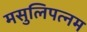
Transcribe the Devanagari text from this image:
मसुलिपत्नम